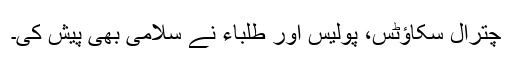
چترال سکاؤٹس، پولیس اور طلباء نے سلامی بھی پیش کی۔